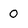
Character: 0